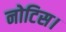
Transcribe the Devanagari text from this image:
नोटिस।